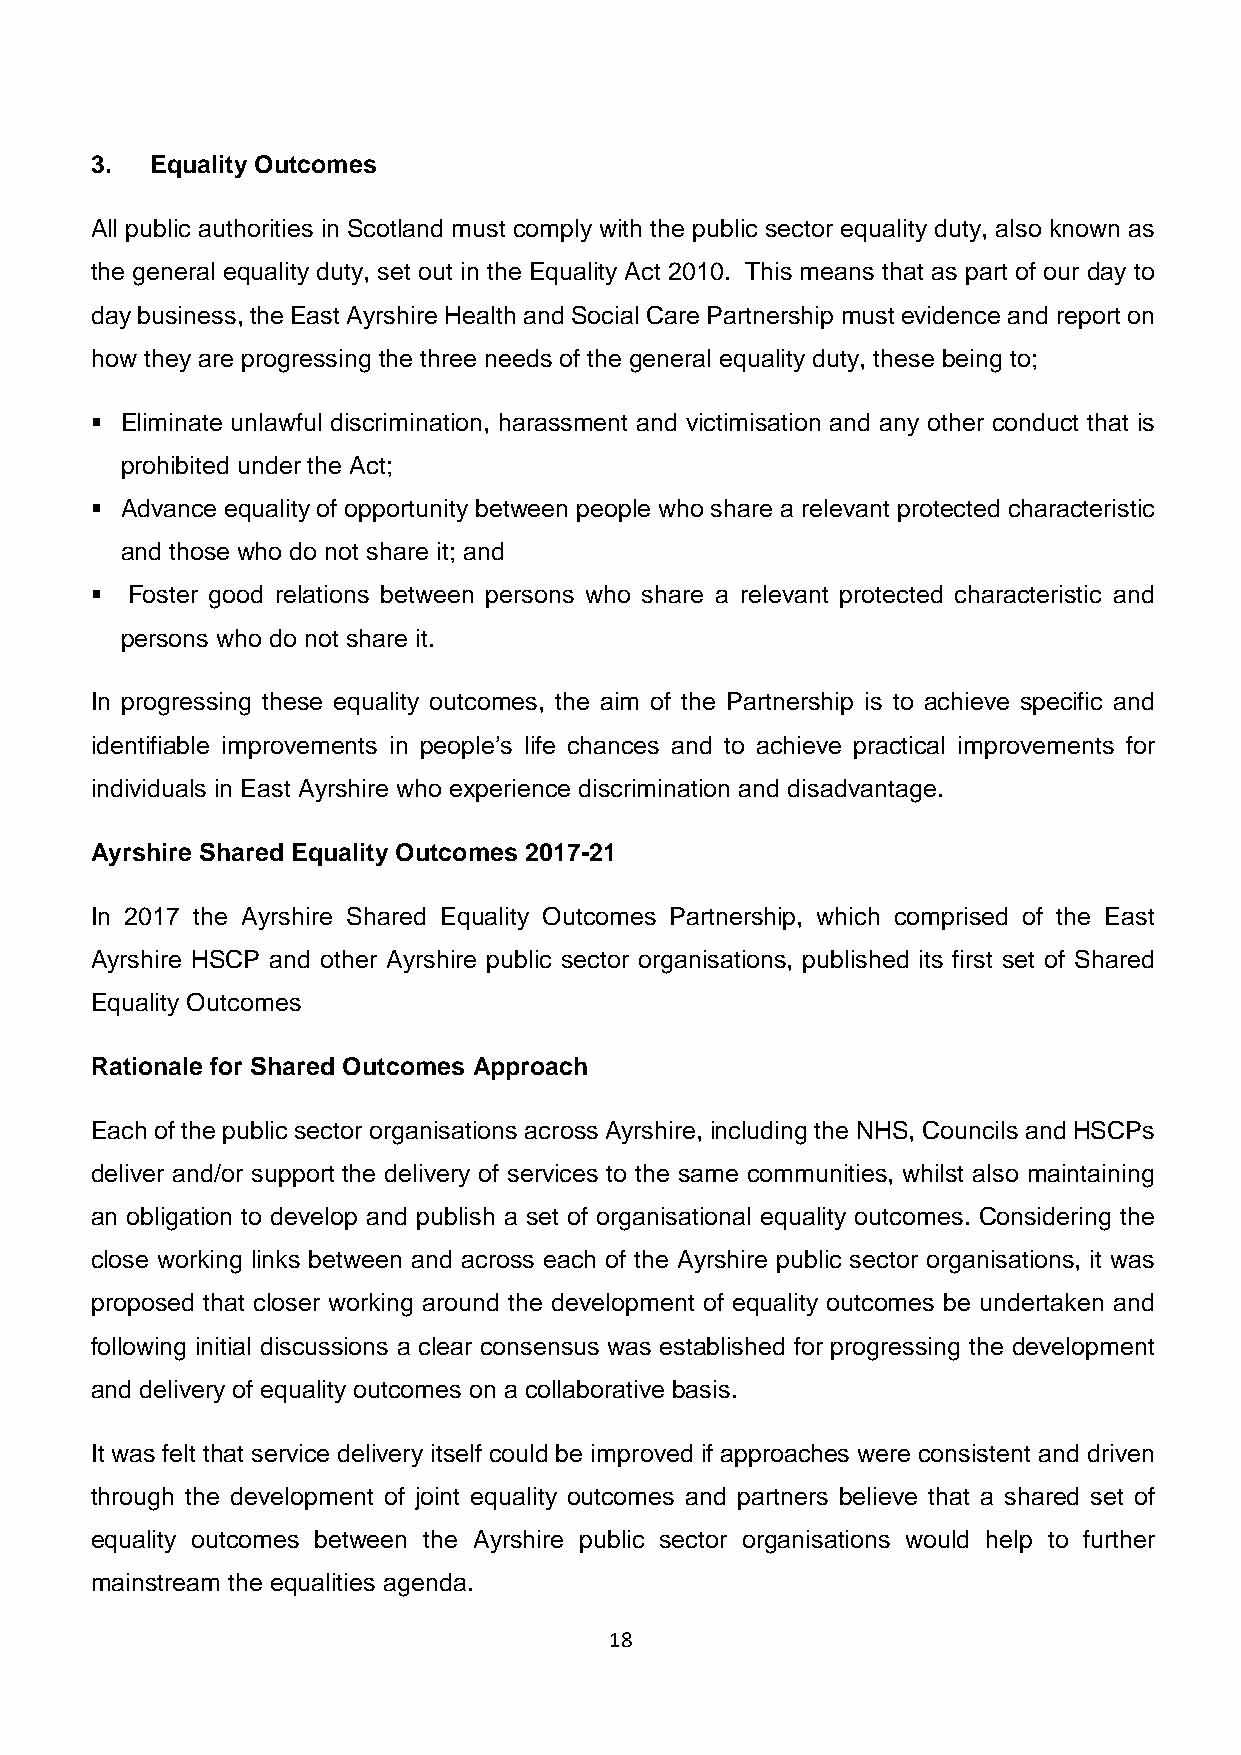
3.  Equality Outcomes
 All public authorities in Scotland must comply with the public sector equality duty, also known as
 the general equality duty, set out in the Equality Act 2010. This means that as part of our day to
 day business, the East Ayrshire Health and Social Care Partnership must evidence and report on
 how they are progressing the three needs of the general equality duty, these being to;
  Eliminate unlawful discrimination, harassment and victimisation and any other conduct that is
 prohibited under the Act;
  Advance equality of opportunity between people who share a relevant protected characteristic
 and those who do not share it; and
  Foster good relations between persons who share a relevant protected characteristic and
 persons who do not share it.
 In progressing these equality outcomes, the aim of the Partnership is to achieve specific and
 identifiable improvements in people’s life chances and to achieve practical improvements for
 individuals in East Ayrshire who experience discrimination and disadvantage.
 Ayrshire Shared Equality Outcomes 2017-21
 In 2017 the Ayrshire Shared Equality Outcomes Partnership, which comprised of the East
 Ayrshire HSCP and other Ayrshire public sector organisations, published its first set of Shared
 Equality Outcomes
 Rationale for Shared Outcomes Approach
 Each of the public sector organisations across Ayrshire, including the NHS, Councils and HSCPs
 deliver and/or support the delivery of services to the same communities, whilst also maintaining
 an obligation to develop and publish a set of organisational equality outcomes. Considering the
 close working links between and across each of the Ayrshire public sector organisations, it was
 proposed that closer working around the development of equality outcomes be undertaken and
 following initial discussions a clear consensus was established for progressing the development
 and delivery of equality outcomes on a collaborative basis.
 It was felt that service delivery itself could be improved if approaches were consistent and driven
 through the development of joint equality outcomes and partners believe that a shared set of
 equality outcomes between the Ayrshire public sector organisations would help to further
 mainstream the equalities agenda.
 18